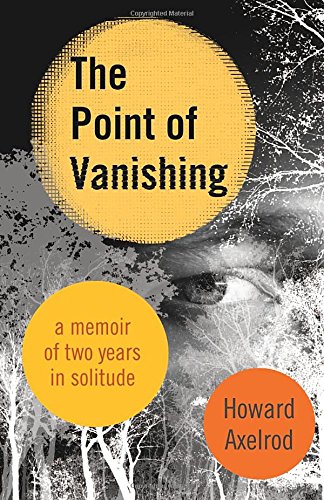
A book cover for The Point of Vanishing: A Memoir of Two Years in Solitude; Howard Axelrod; Science & Math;